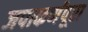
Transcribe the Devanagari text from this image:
जपाकर्णपूरा